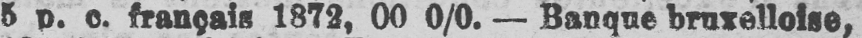
5 p. c. français 1872, 00 0/0. - Banque bruxelloise,